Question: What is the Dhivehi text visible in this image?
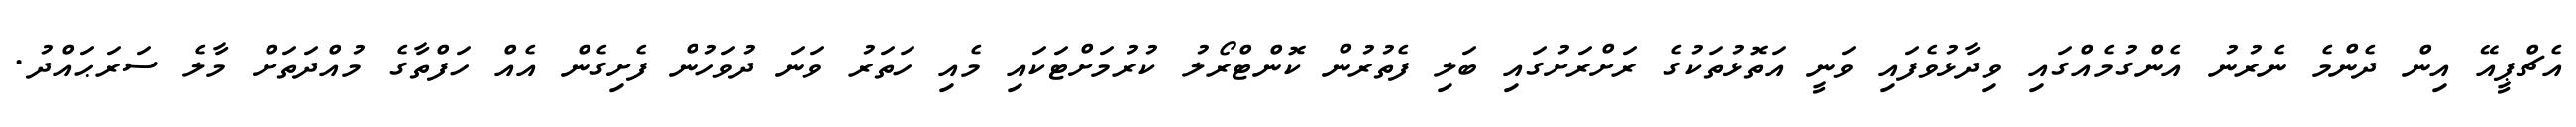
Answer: އެޗްޕީއޭ އިން ދެންމެ ނެރުނު އެންގުމެއްގައި ވިދާޅުވެފައި ވަނީ އަތޮޅުތަކުގެ ރަށްރަށުގައި ބަލި ފެތުރުން ކޮންޓްރޯލު ކުރުމަށްޓަކައި މެއި ހަތަރު ވަނަ ދުވަހުން ފެށިގެން އެއް ހަފްތާގެ މުއްދަތަށް މާލެ ސަރަޙައްދު.